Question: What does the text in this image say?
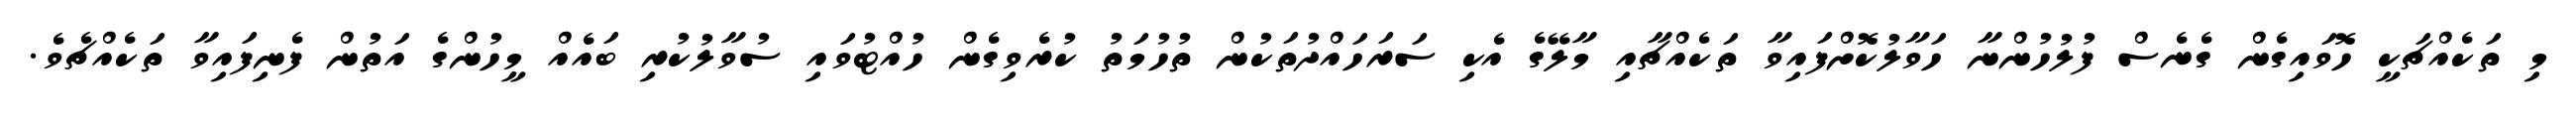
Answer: މި ތަކެއްޗަކީ ހޮވައިގެން ގެނެސް ފުލުހުންނާ ހަވާލުކޮށްފައިވާ ތަކެއްޗާއި މާލޭގެ އެކި ސަރަހައްދުތަކުން ތުހުމަތު ކުރެވިގެން ހުއްޓުވައި ސުވާލުކުރި ބައެއް މީހުންގެ އަތުން ފެނިފައިވާ ތަކެއްޗެވެ.